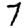
Digit: 7